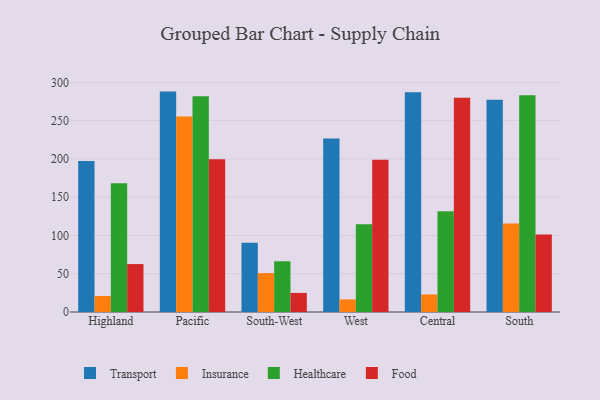
{"axis": {"x": "Region", "y": "LTV (USD)"}, "legend": ["Food", "Healthcare", "Insurance", "Transport"], "data": [{"x": "Highland", "y": 197.3, "type": "Transport"}, {"x": "Highland", "y": 20.9, "type": "Insurance"}, {"x": "Highland", "y": 168.3, "type": "Healthcare"}, {"x": "Highland", "y": 62.6, "type": "Food"}, {"x": "Pacific", "y": 288.0, "type": "Transport"}, {"x": "Pacific", "y": 255.6, "type": "Insurance"}, {"x": "Pacific", "y": 282.0, "type": "Healthcare"}, {"x": "Pacific", "y": 199.6, "type": "Food"}, {"x": "South-West", "y": 90.6, "type": "Transport"}, {"x": "South-West", "y": 50.8, "type": "Insurance"}, {"x": "South-West", "y": 66.3, "type": "Healthcare"}, {"x": "South-West", "y": 24.9, "type": "Food"}, {"x": "West", "y": 226.7, "type": "Transport"}, {"x": "West", "y": 16.5, "type": "Insurance"}, {"x": "West", "y": 114.8, "type": "Healthcare"}, {"x": "West", "y": 198.8, "type": "Food"}, {"x": "Central", "y": 287.1, "type": "Transport"}, {"x": "Central", "y": 22.9, "type": "Insurance"}, {"x": "Central", "y": 131.5, "type": "Healthcare"}, {"x": "Central", "y": 280.1, "type": "Food"}, {"x": "South", "y": 277.3, "type": "Transport"}, {"x": "South", "y": 115.7, "type": "Insurance"}, {"x": "South", "y": 283.1, "type": "Healthcare"}, {"x": "South", "y": 101.3, "type": "Food"}]}